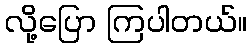
လို့ပြော ကြပါတယ်။